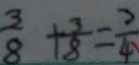
\frac { 3 } { 8 } + \frac { 3 } { 8 } = \frac { 3 } { 4 }